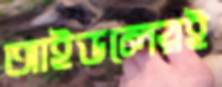
আইডলেরই